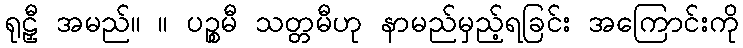
ရုဠှီ အမည်။ ။ ပဉ္စမီ သတ္တမီဟု နာမည်မှည့်ရခြင်း အကြောင်းကို